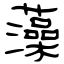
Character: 藻